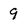
Character: 9